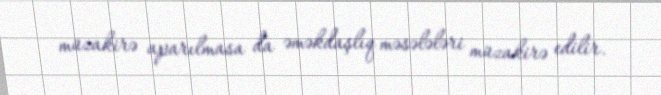
müzakirə aparılmasa da əməkdaşlıq məsələləri müzakirə edilir.